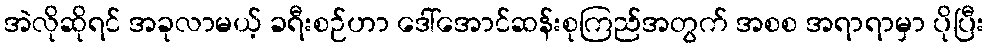
အဲလိုဆိုရင် အခုလာမယ့် ခရီးစဉ်ဟာ ဒေါ်အောင်ဆန်းစုကြည်အတွက် အစစ အရာရာမှာ ပိုပြီး